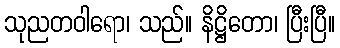
သုညတဝါရော၊ သည်။ နိဋ္ဌိတော၊ ပြီးပြီ။